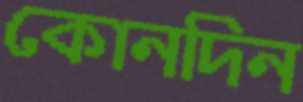
কোনদিন